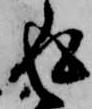
返